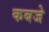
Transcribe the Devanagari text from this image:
कबजे